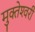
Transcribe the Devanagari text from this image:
मुक्‍तेश्‍वरी